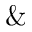
\&